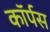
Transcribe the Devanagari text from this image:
काॅर्पस